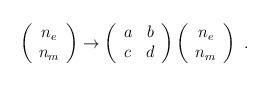
LaTeX: \begin{align*}\left(\begin{array}{c}n_e \\n_m \end{array}\right)\to \left(\begin{array}{cc} a & b \\ c & d \end{array}\right)\left(\begin{array}{c}n_e \\n_m \end{array}\right)\ .\end{align*}